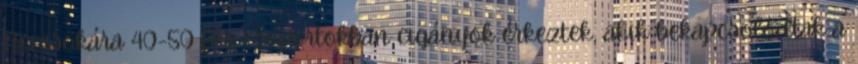
Nemsokára 40-50 fős csoportokban cigányok érkeztek, akik bekapcsolódtak a